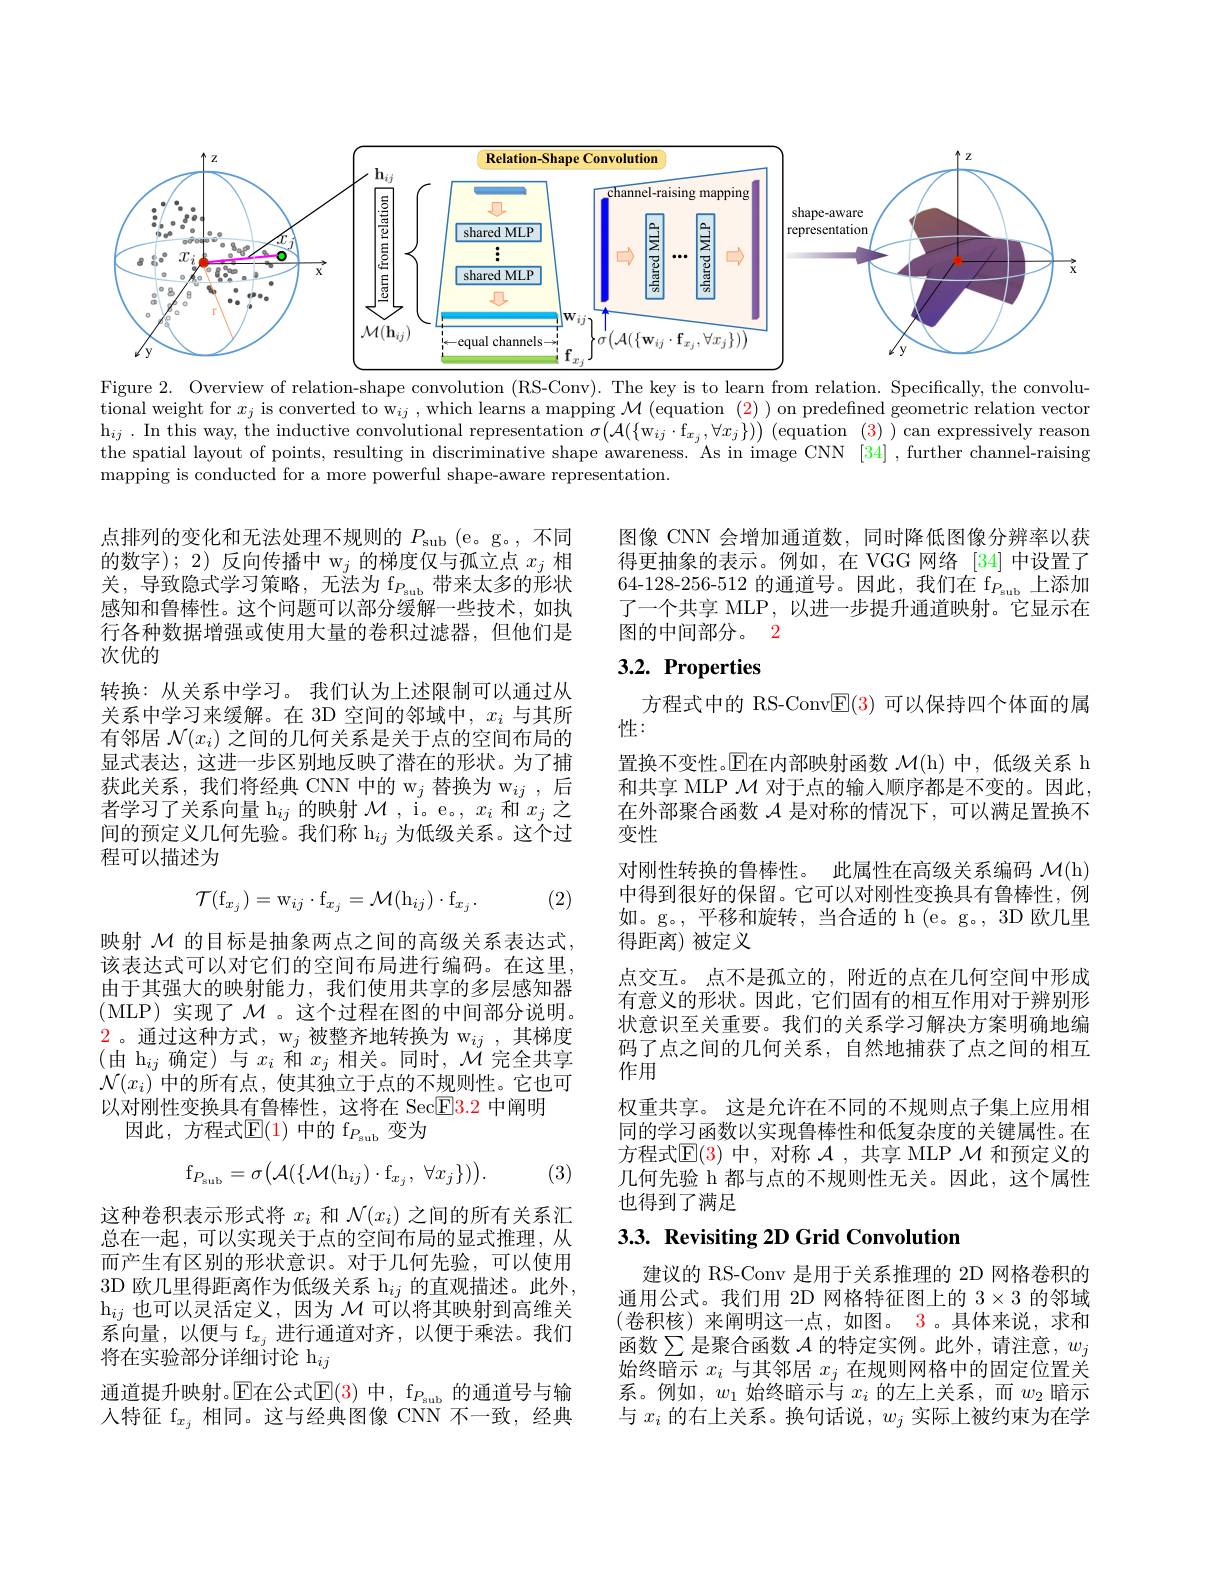
<FigureHere>
Figure 2. Overview of relation-shape convolution (RS-Conv). The key is to learn from relation. Specifically, the convolu-

tional weight for $x_j$ is converted to w$_ij$, which learns a mapping $\mathcal{M} \left ( \text{equation}\:( 2) \right )$ on predefined geometric relation vector $\mathrm{h} _{ij}$ . In this way, the inductive convolutional representation $\sigma ( \mathcal{A} ( \{ \mathrm{w} _{ij}\cdot \mathrm{f} _{x_j}, \forall x_j\} ) )$ (equation (3)) can expressively reason the spatial layout of points, resulting in discriminative shape awareness. As in image CNN [34] , further channel-raising mapping is conducted for a more powerful shape-aware representation.

图像 CNN 会增加通道数，同时降低图像分辨率以获得更抽象的表示。例如，在 VGG 网络[34]中设置了64-128-256-512 的通道号。因此，我们在 f$_{P_\mathrm{sub}}$上添加了一个共享 MLP,以进一步提升通道映射。它显示在图的中间部分。2

## $3. 2. \textbf{Properties}$

点排列的变化和无法处理不规则的$P_\mathrm{sub}$ ( e。g。, 不同的数字); 2) 反向传播中 w$_j$的梯度仅与孤立点$x_j$相关，导致隐式学习策略，无法为 f$_P_\mathrm{sub}$带来太多的形状感知和鲁棒性。这个问题可以部分缓解一些技术，如执行各种数据增强或使用大量的卷积过滤器，但他们是次优的
转换：从关系中学习。我们认为上述限制可以通过从关系中学习来缓解。在 3D 空间的邻域中，$x_i$与其所有邻居$\mathcal{N}(x_i)$之间的几何关系是关于点的空间布局的显式表达，这进一步区别地反映了潜在的形状。为了捕获此关系，我们将经典 CNN 中的 w$_j$ 替换为 w$_ij$,后者学习了关系向量$\mathrm{h}_ij$的映射$\mathcal{M}$, i。e。$,x_i$和$x_j$之间的预定义几何先验。我们称 h$_{ij}$为低级关系。这个过程可以描述为

(2)
$$\mathcal{T}(\mathrm{f}_{x_j})=\mathrm{w}_{ij}\cdot\mathrm{f}_{x_j}=\mathcal{M}(\mathrm{h}_{ij})\cdot\mathrm{f}_{x_j}.$$
方程式中的 RS-Conv$\underline{\mathrm{E}}(3)$可以保持四个体面的属
性：
置换不变性。E在内部映射函数 $\mathcal{M} ($h) 中，低级关系 h 和共享 MLP $\mathcal{M}$对于点的输人顺序都是不变的。因此， 在外部聚合函数$\mathcal{A}$是对称的情况下，可以满足置换不变性
对刚性转换的鲁棒性。此属性在高级关系编码$\mathcal{M}($h) 中得到很好的保留。它可以对刚性变换具有鲁棒性，例如。g。,平移和旋转，当合适的 h (e。g。, 3D 欧几里得距离)被定义
点交互。点不是孤立的，附近的点在几何空间中形成有意义的形状。因此，它们固有的相互作用对于辨别形状意识至关重要。我们的关系学习解决方案明确地编码了点之间的几何关系，自然地捕获了点之间的相互作用
权重共享。这是允许在不同的不规则点子集上应用相同的学习函数以实现鲁棒性和低复杂度的关键属性。在方程式$\mathbb{E}(3)$中，对称$\mathcal{A}$,共享 MLP $\mathcal{M}$和预定义的几何先验 h 都与点的不规则性无关。因此，这个属性也得到了满足

映射$\mathcal{M}$的目标是抽象两点之间的高级关系表达式， 该表达式可以对它们的空间布局进行编码。在这里， 由于其强大的映射能力，我们使用共享的多层感知器(MLP)实现了$\mathcal{M}$。这个过程在图的中间部分说明。$\color{red}{2\text{ 。通过这种方式，}\mathrm{w}_j}$被整齐地转换为 $\mathrm{w}_ij$,其梯度(由 h$_ij$确定)与$x_i$和$x_j$相关。同时$,\mathcal{M}$完全共享$\mathcal{N}(x_i)$中的所有点，使其独立于点的不规则性。它也可以对刚性变换具有鲁棒性，这将在 Sec$\boxed{\mathrm{F}}3.2$中阐明
因此，方程式$\mathbb{E}(1)$ 中的 f$_P_\mathrm{sub}$ 变为
$$\mathrm{f}_{P_{\mathrm{sub}}}=\sigma\big(\mathcal{A}(\{\mathcal{M}(\mathrm{h}_{ij})\cdot\mathrm{f}_{x_{j}},\:\forall x_{j}\})\big).$$
(3)

## 3.3. Revisiting 2D Grid Convolution

这种卷积表示形式将$x_i$和$\mathcal{N}(x_i)$之间的所有关系汇总在一起，可以实现关于点的空间布局的显式推理，从而产生有区别的形状意识。对于几何先验，可以使用3D 欧几里得距离作为低级关系 h$_ij$的直观描述。此外， $\mathrm{h}_{ij}$也可以灵活定义，因为$\mathcal{M}$可以将其映射到高维关系向量，以便与$\mathrm f_{x_j}$进行通道对齐，以便于乘法。我们将在实验部分详细讨论 h$_ij$
通道提升映射。$\operatorname{E\text{在公式}E}(3)$中，f$_P_\mathrm{sub}$的通道号与输入特征$\mathrm{f}_{x_j}$相同。这与经典图像 CNN 不一致，经典

建议的 RS-Conv 是用于关系推理的 2D 网格卷积的通用公式。我们用 2D 网格特征图上的$3\times3$的邻域(卷积核)来阐明这一点，如图。3。具体来说，求和函数$\sum$是聚合函数$\mathcal{A}$的特定实例。此外，请注意$,w_j$ 始终暗示$x_i$与其邻居$x_j$在规则网格中的固定位置关系。例如，$w_1$始终暗示与$x_i$的左上关系，而$w_2$暗示与$x_i$的右上关系。换句话说，$w_j$实际上被约束为在学